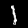
Label: 1